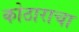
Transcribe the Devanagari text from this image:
कोठाराचा